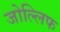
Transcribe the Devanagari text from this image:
जोल्लिफ